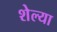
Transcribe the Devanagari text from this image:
शेल्या